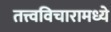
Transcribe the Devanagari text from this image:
तत्त्वविचारामध्ये